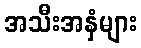
အသီးအနှံများ